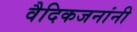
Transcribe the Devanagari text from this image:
वैदिकजनांनी